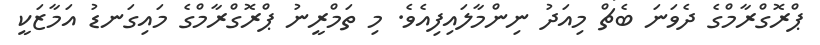
ޕްރޮގްރާމްގެ ދެވަނަ ބެޗް މިއަދު ނިންމާލައިފިއެވެ. މި ތަމްރީނު ޕްރޮގްރާމްގެ މައިގަނޑު އަމާޒަކީ